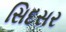
સિદસર